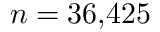
n = 3 6 { , } 4 2 5